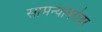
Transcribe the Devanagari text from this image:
सामन्याबरोबर